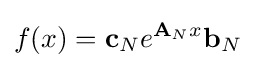
f(x)={\textbf {c}}_{N}e^{{\textbf {A}}_{N}x}{\textbf {b}}_{N}